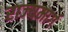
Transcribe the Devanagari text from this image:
राज्‍यमार्ग